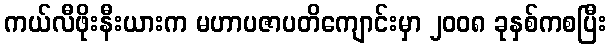
ကယ်လီဖိုးနီးယားက မဟာပဇာပတိကျောင်းမှာ ၂၀၀၈ ခုနှစ်ကစပြီး